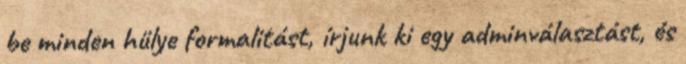
be minden hülye formalitást, írjunk ki egy adminválasztást, és